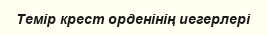
Темір крест орденінің иегерлері